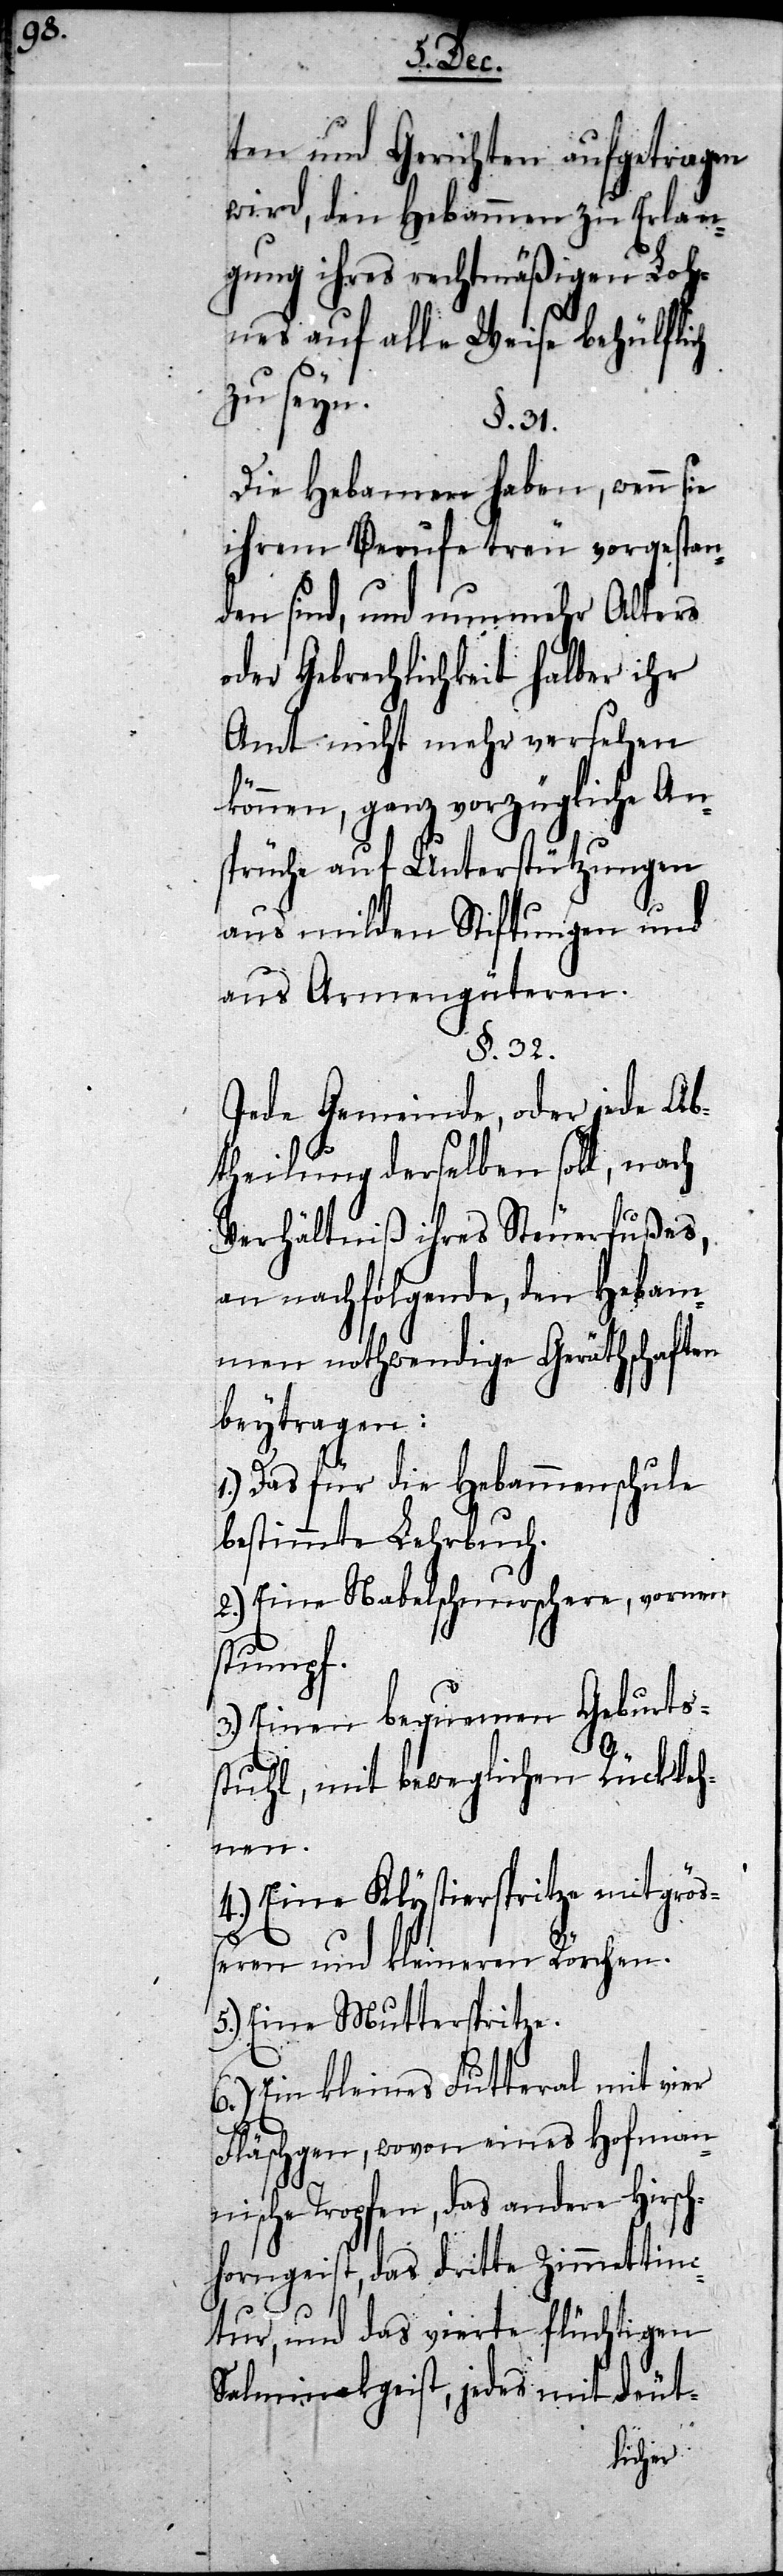
ten und Gerichten aufgetragen
wird, den Hebammen zu Erlan¬
gung ihres rechtmäßigen Loh¬
nes auf alle Weise behülflich
zu seyn.
§. 31.
Die Hebammen haben, wenn sie
ihrem Berufe treu vorgestan¬
den sind, und nunmehr Alters
oder Gebrechlichkeit halber ihr
Amt nicht mehr versehen
können, ganz vorzügliche An¬
sprüche auf Unterstützungen
aus milden Stiftungen und
aus Armengüteren.
§. 32.
Jede Gemeinde, oder jede Ab¬
theilung derselben soll, nach
Verhältniß ihres Steuerfußes,
an nachfolgende, den Hebam¬
men nothwendige Geräthschaften
beytragen:
1.) Das für die Hebammenschule
bestimmte Lehrbuch.
2.) Eine Nabelschnurschere, vornen
stumpf.
3.) Einen bequemen Geburts¬
stuhl, mit beweglichen Rückleh¬
nen.
4.) Eine Klystierspritze mit größ¬
eren und kleineren Rörchen.
5.) Eine Mutterspritze.
6.) Ein kleines Futteral mit vier
Fläschchen, wovon eines Hofman¬
nische Tropfen, das andere Hirsch¬
horngeist, das dritte Zimmettinc¬
tur, und das vierte flüchtigen
Salmiakgeist, jedes mit deut-